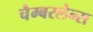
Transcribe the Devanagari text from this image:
चैम्बरलेन्स